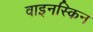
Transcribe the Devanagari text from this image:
वाइनस्किन